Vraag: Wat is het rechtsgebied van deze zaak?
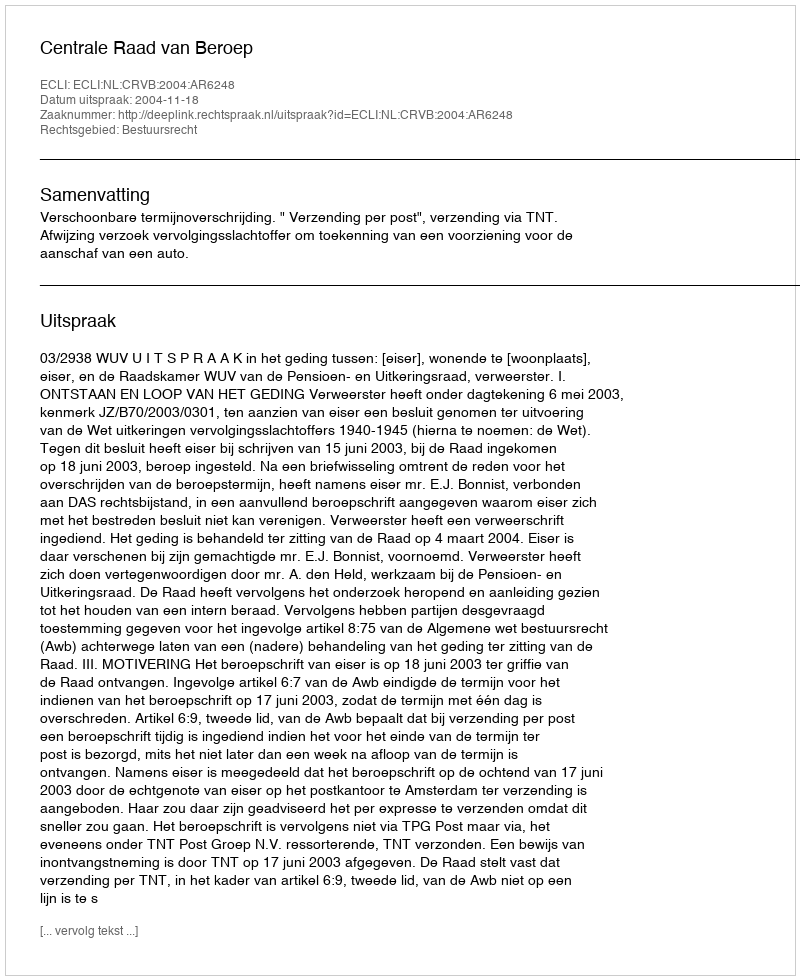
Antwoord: Bestuursrecht